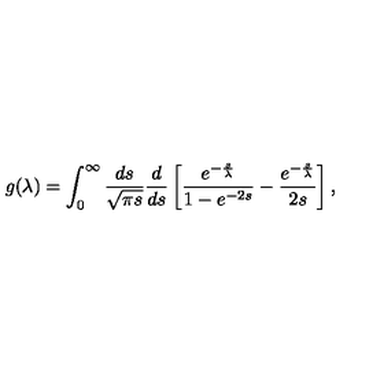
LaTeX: g ( \lambda ) = \int _ { 0 } ^ { \infty } \frac { d s } { \sqrt { \pi s } } \frac { d } { d s } \left[ \frac { e ^ { - \frac { s } { \lambda } } } { 1 - e ^ { - 2 s } } - \frac { e ^ { - \frac { s } { \lambda } } } { 2 s } \right] ,